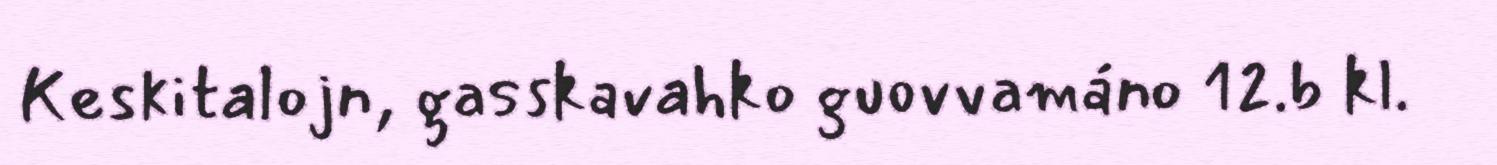
Keskitalojn, gasskavahko guovvamáno 12.b kl.